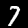
Label: 7